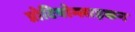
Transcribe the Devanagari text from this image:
प्रोटियोग्लाइकन